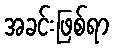
အခင်းဖြစ်ရာ